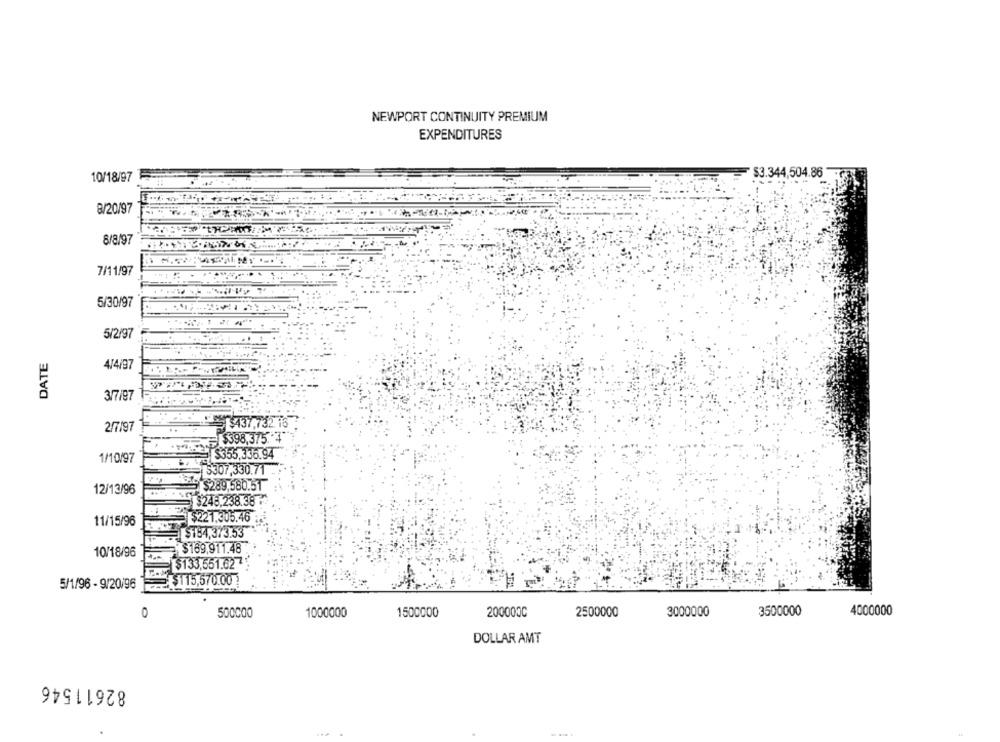
NEWPORT CONTINUITY PREMIUM
EXPENDITURES
10/18/97
$3.344,504.86
8/20/97
8/8/97
7/11/97
5/30/97
5/2/97
DATE
4/4/97
3/7/97
437,732
2/7/97
398,375. 3
1/10/97
$355,336.94
S307,330.71
$289,580.51
12/13/96
$246.238.38
$221.305.46
11/15/96
$184,373.53
$169,911.48
10/18/96
$133,551.627
5/1/96 - 9/20/96
115,570.00
O
500000
1000000
1500000
2000000
2500000
3000000
3500000
4000000
DOLLAR AMT
82611546